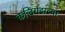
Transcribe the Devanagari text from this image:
कलिंगडाच्या